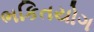
ભકિતયોગ